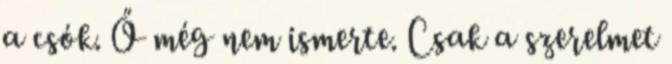
a csók. Ő még nem ismerte. Csak a szerelmet